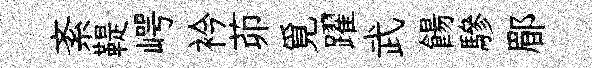
紊鞮崿衿茆覓躍武餳驂郿